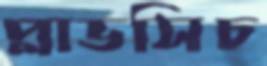
প্লাভসিচ